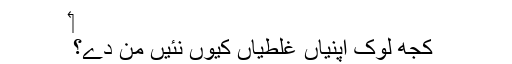
‏
کجھ لوک اپنیاں غلطیاں کیوں نئیں من دے؟